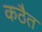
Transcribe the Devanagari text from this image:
कठैत